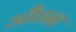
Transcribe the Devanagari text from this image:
औंघना